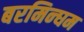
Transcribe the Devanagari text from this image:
बरमिन्घम